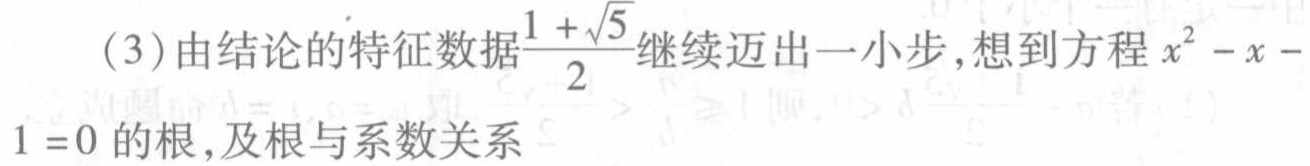
(3)由结论的特征数据$\frac{1 + \sqrt{5}}{2}$继续迈出一小步,想到方程$x^{2}-x - 1 = 0$的根,及根与系数关系